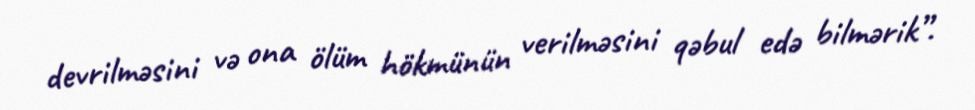
devrilməsini və ona ölüm hökmünün verilməsini qəbul edə bilmərik”.